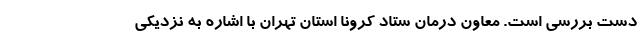
دست بررسی است. معاون درمان ستاد کرونا استان تهران با اشاره به نزدیکی